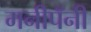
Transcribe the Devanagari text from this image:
मनीपॅनी